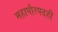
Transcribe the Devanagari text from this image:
महापौरपदही